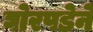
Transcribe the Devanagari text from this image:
घोरपडेने